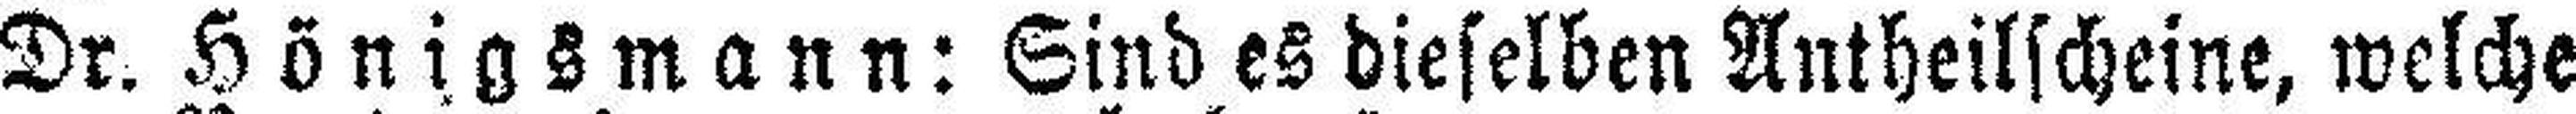
Dr. Hönigsmann: Sind es dieselben Antheilscheine, welche